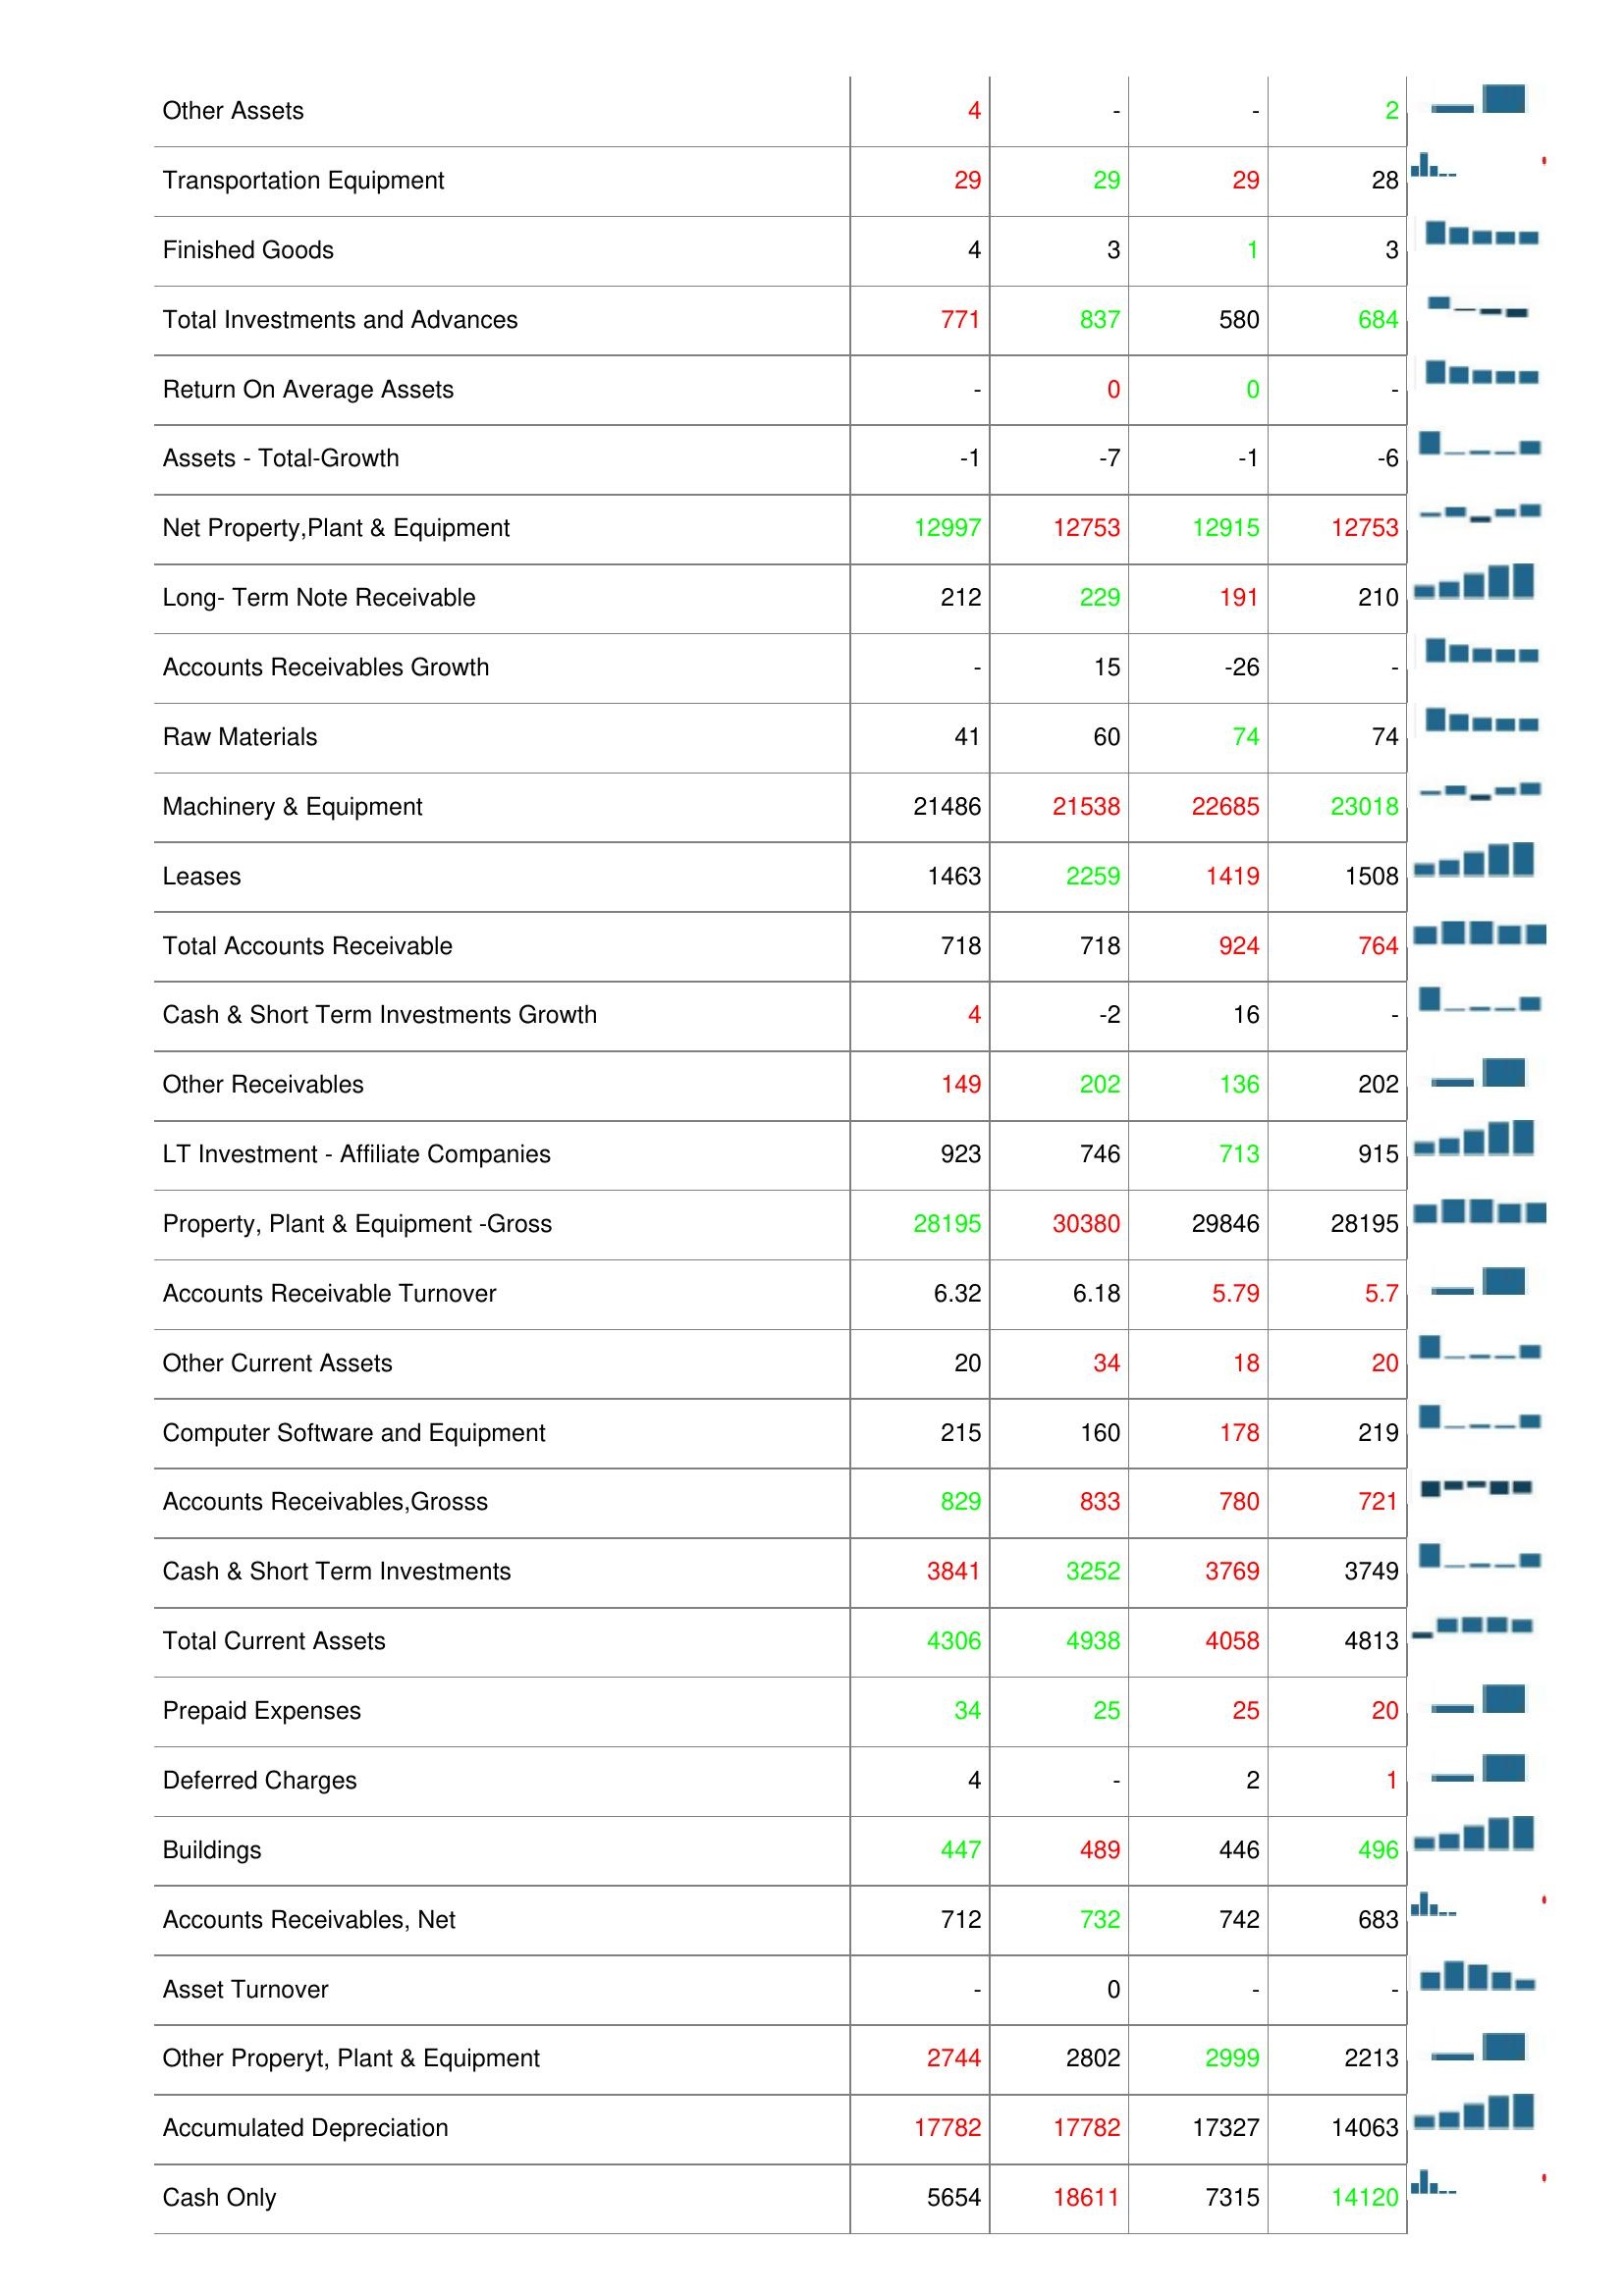
2017: Assets: Cash & ST Investments / Total Assets: 19.15%
Construction in Progress: 1830
Bad Debt/Doubtful Accounts: 0
Total Assets: 19789
Land & Improvements: 116
Inventories: 67
Other Assets: 4
Transportation Equipment: 29
Finished Goods: 4
Total Investments and Advances: 771
Return On Average Assets: -
Assets - Total-Growth: -1
Net Property,Plant & Equipment: 12997
Long- Term Note Receivable: 212
Accounts Receivables Growth: -
Raw Materials: 41
Machinery & Equipment: 21486
Leases: 1463
Total Accounts Receivable: 718
Cash & Short Term Investments Growth: 4
Other Receivables: 149
LT Investment - Affiliate Companies: 923
Property, Plant & Equipment -Gross: 28195
Accounts Receivable Turnover: 6.32
Other Current Assets: 20
Computer Software and Equipment: 215
Accounts Receivables,Grosss: 829
Cash & Short Term Investments: 3841
Total Current Assets: 4306
Prepaid Expenses: 34
Deferred Charges: 4
Buildings: 447
Accounts Receivables, Net: 712
Asset Turnover: -
Other Properyt, Plant & Equipment: 2744
Accumulated Depreciation: 17782
Cash Only: 5654
2016: Assets: Cash & ST Investments / Total Assets: 18.49%
Construction in Progress: 1830
Bad Debt/Doubtful Accounts: 0
Total Assets: 20176
Land & Improvements: 119
Inventories: 51
Other Assets: -
Transportation Equipment: 29
Finished Goods: 3
Total Investments and Advances: 837
Return On Average Assets: 0
Assets - Total-Growth: -7
Net Property,Plant & Equipment: 12753
Long- Term Note Receivable: 229
Accounts Receivables Growth: 15
Raw Materials: 60
Machinery & Equipment: 21538
Leases: 2259
Total Accounts Receivable: 718
Cash & Short Term Investments Growth: -2
Other Receivables: 202
LT Investment - Affiliate Companies: 746
Property, Plant & Equipment -Gross: 30380
Accounts Receivable Turnover: 6.18
Other Current Assets: 34
Computer Software and Equipment: 160
Accounts Receivables,Grosss: 833
Cash & Short Term Investments: 3252
Total Current Assets: 4938
Prepaid Expenses: 25
Deferred Charges: -
Buildings: 489
Accounts Receivables, Net: 732
Asset Turnover: 0
Other Properyt, Plant & Equipment: 2802
Accumulated Depreciation: 17782
Cash Only: 18611
2015: Assets: Cash & ST Investments / Total Assets: 19.68%
Construction in Progress: 1133
Bad Debt/Doubtful Accounts: 0
Total Assets: 20011
Land & Improvements: 119
Inventories: 63
Other Assets: -
Transportation Equipment: 29
Finished Goods: 1
Total Investments and Advances: 580
Return On Average Assets: 0
Assets - Total-Growth: -1
Net Property,Plant & Equipment: 12915
Long- Term Note Receivable: 191
Accounts Receivables Growth: -26
Raw Materials: 74
Machinery & Equipment: 22685
Leases: 1419
Total Accounts Receivable: 924
Cash & Short Term Investments Growth: 16
Other Receivables: 136
LT Investment - Affiliate Companies: 713
Property, Plant & Equipment -Gross: 29846
Accounts Receivable Turnover: 5.79
Other Current Assets: 18
Computer Software and Equipment: 178
Accounts Receivables,Grosss: 780
Cash & Short Term Investments: 3769
Total Current Assets: 4058
Prepaid Expenses: 25
Deferred Charges: 2
Buildings: 446
Accounts Receivables, Net: 742
Asset Turnover: -
Other Properyt, Plant & Equipment: 2999
Accumulated Depreciation: 17327
Cash Only: 7315
2014: Assets: Cash & ST Investments / Total Assets: 18.76%
Construction in Progress: 705
Bad Debt/Doubtful Accounts: 0
Total Assets: 19901
Land & Improvements: 119
Inventories: 52
Other Assets: 2
Transportation Equipment: 28
Finished Goods: 3
Total Investments and Advances: 684
Return On Average Assets: -
Assets - Total-Growth: -6
Net Property,Plant & Equipment: 12753
Long- Term Note Receivable: 210
Accounts Receivables Growth: -
Raw Materials: 74
Machinery & Equipment: 23018
Leases: 1508
Total Accounts Receivable: 764
Cash & Short Term Investments Growth: -
Other Receivables: 202
LT Investment - Affiliate Companies: 915
Property, Plant & Equipment -Gross: 28195
Accounts Receivable Turnover: 5.7
Other Current Assets: 20
Computer Software and Equipment: 219
Accounts Receivables,Grosss: 721
Cash & Short Term Investments: 3749
Total Current Assets: 4813
Prepaid Expenses: 20
Deferred Charges: 1
Buildings: 496
Accounts Receivables, Net: 683
Asset Turnover: -
Other Properyt, Plant & Equipment: 2213
Accumulated Depreciation: 14063
Cash Only: 14120